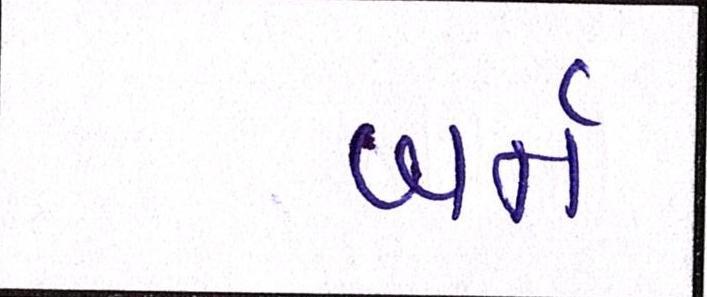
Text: બર્ન